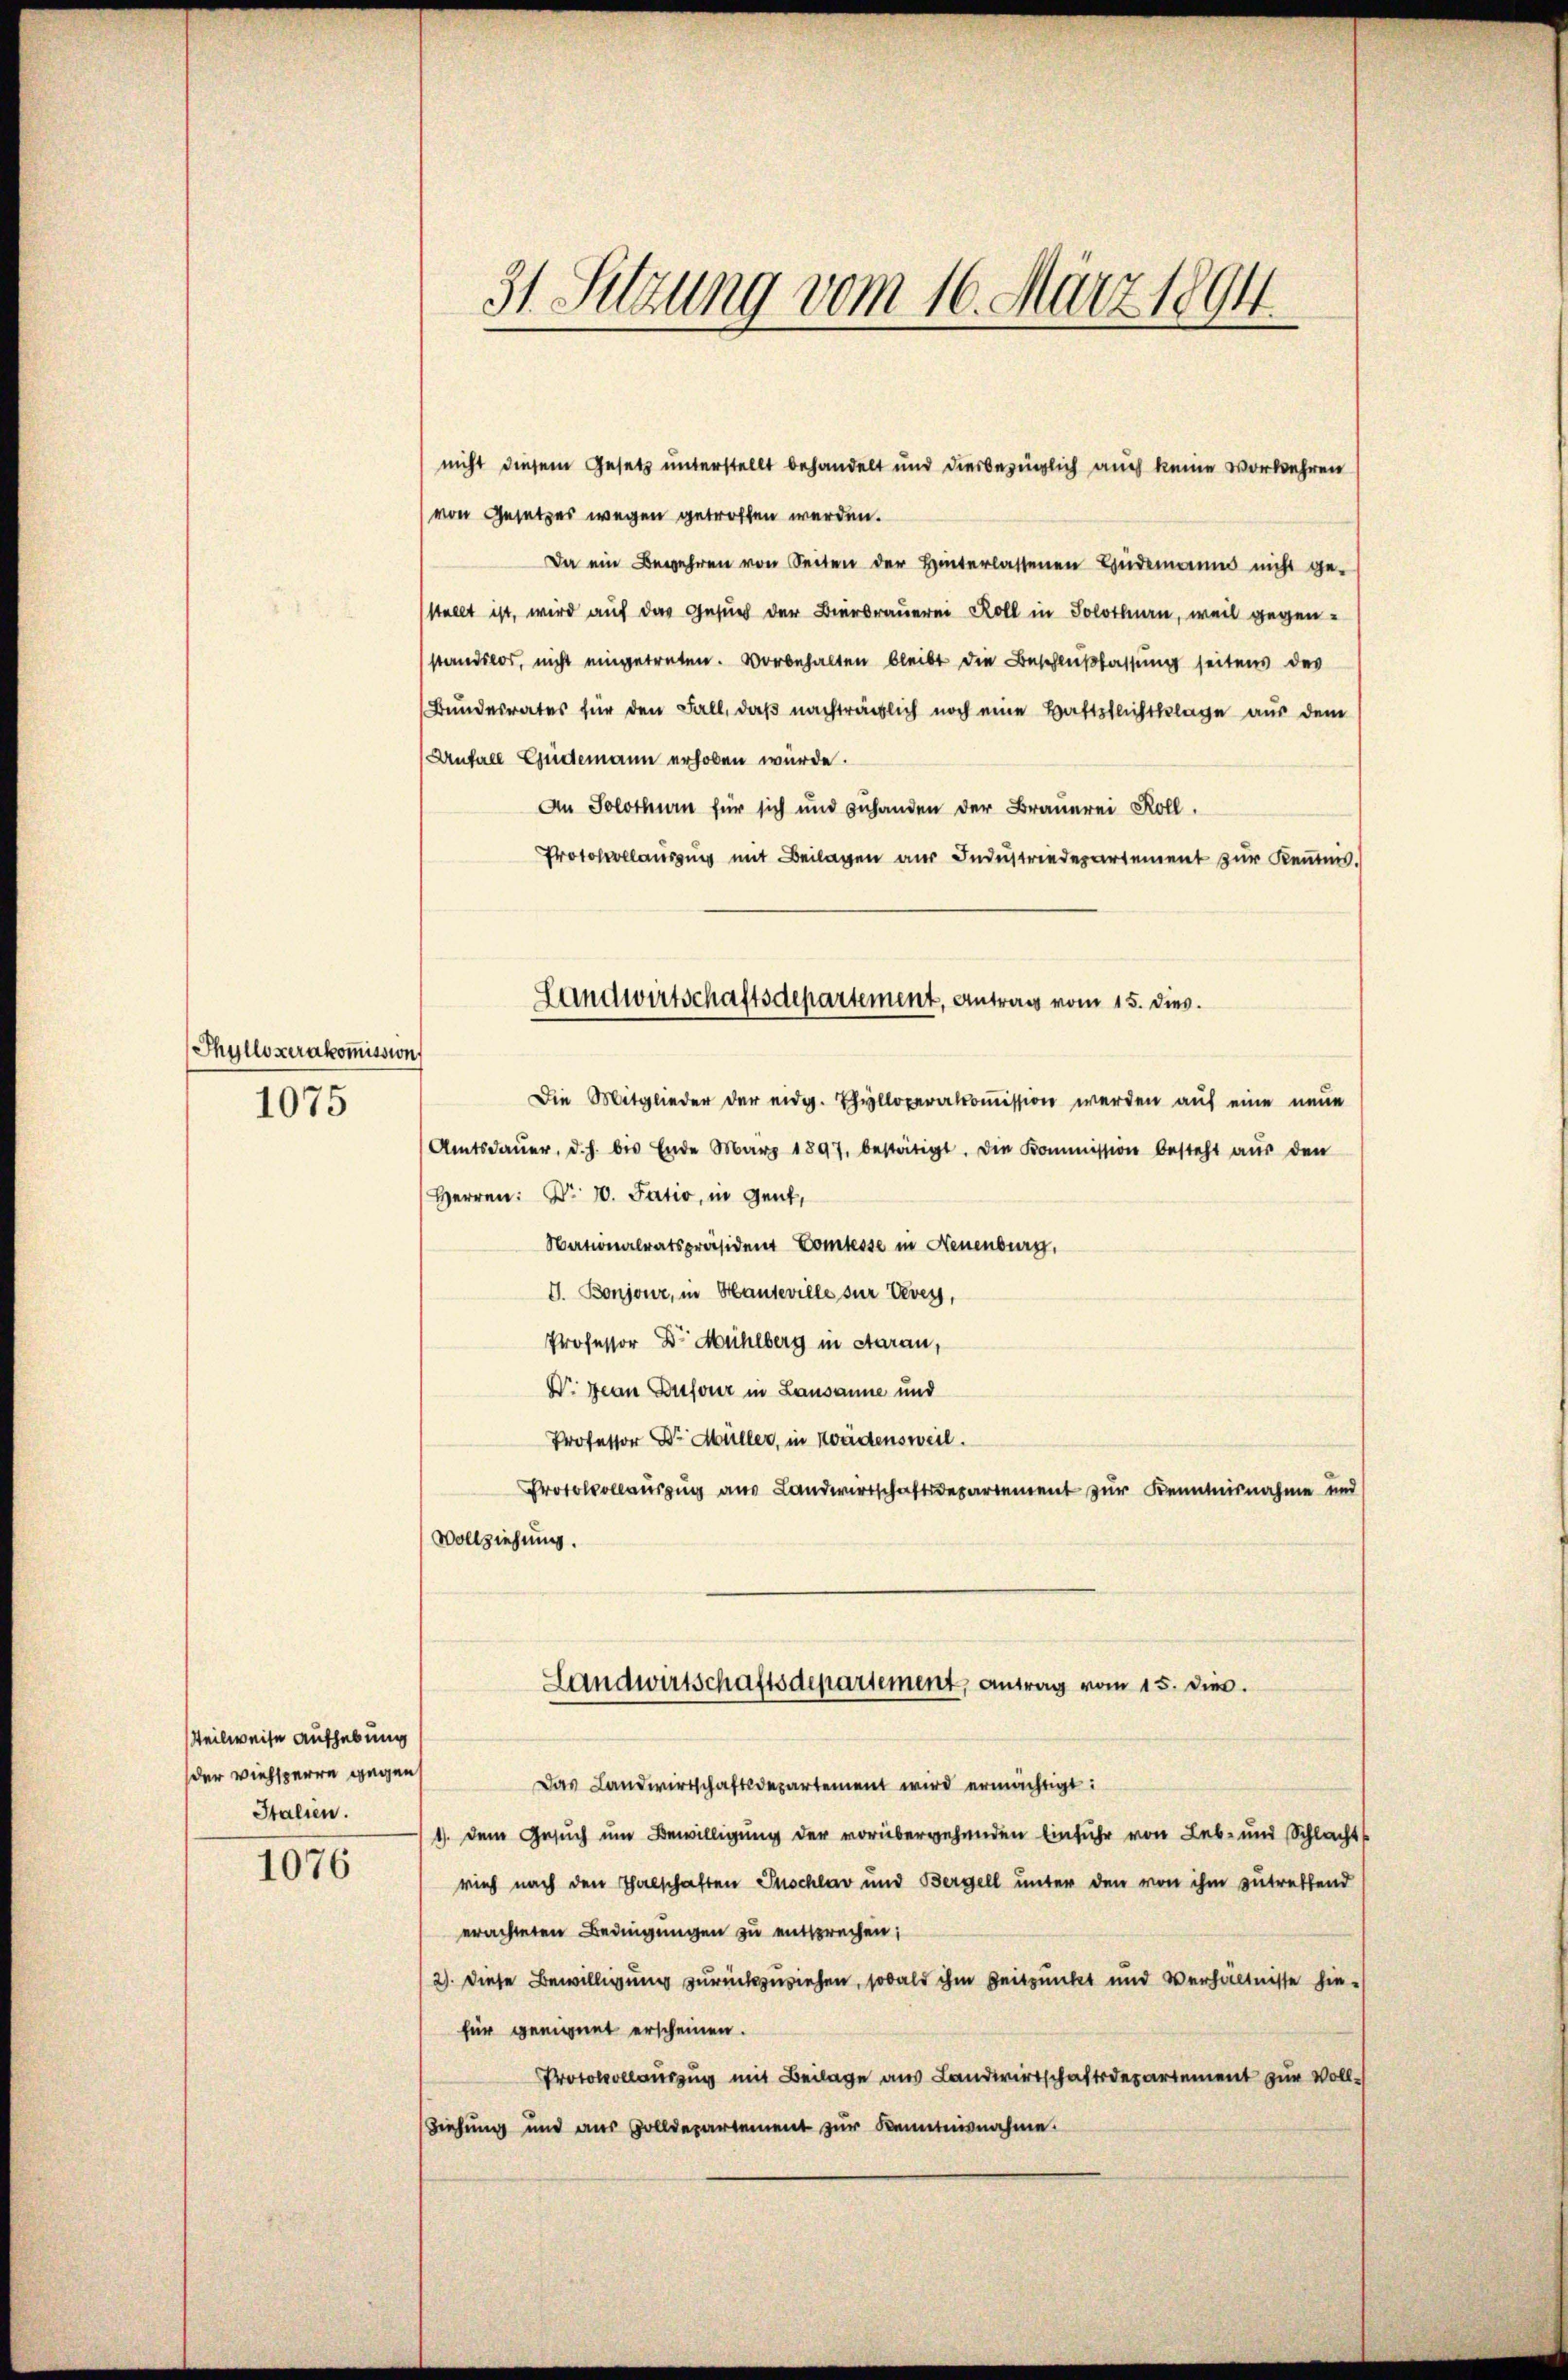
Thylloverakom̅ission
1075

tteilweise Aufhebung
der Viehsperre gegen
Italien.
1076

31. Setzung vom 16. März 1894.

nicht diesem Gesetz unterstellt behandelt und diesbezüglich auch keine Vorkehren
(von Gesetzes wegen getroffen werden.
Da ein Begehren von Seiten der Hinterlassenen Lüdemanns nicht ge-
stellt ist, wird auf das Gesuch der Bierbrauere Roll in Solothurn, weil gegenstandslos, nicht eingetreten. Vorbehalten bleibt die Beschlußfassung seitens des
Bundesrates für den Fall, daß nachträglich noch eine Haftpflichtlage aus dem
Anfall Güdemann erhoben würde.
An Solothurn für sich und zuhanden der Braŭerei Koll
Protokolausung mit Beilagen aus Industriedepartement zur Kenntnis.
Die Mitglieder der eidg. Thlloperakoṁission werden auf eine neue
Amtsdaŭer, d. h. bis Ende März 1897. bestätigt. Die Kommission besteht aŭs den
Herren: No 10. Fatio, in Gent,
Nationalratspräsident Comtesse in Neuenburg,
G. Bonjonz, in Hauseville sur Vevey,
Professor Dr. Mühlberg in Starau,
Dr. Jean Dufour in Lausanne und
Professor Dr Hüller, in Weidensweil.
Protokolaŭszŭg ans Landwirtschaftsdepartement zur Kenntnisnahme und
Vollziehung.
Landwirtschaftsdepartement, Antrag vom 15. dies.
Das Landwirtschaftsdepartement wird ermächtigt:
1) dem Gesuch um Bewilligung der vorübergehenden Einfuhr von Leb- und Schlacht
rief nach den Thalschaften Puschlav und Bergell unter den von ihm zutreffend
erachteten Bedingungen zu entsprechen;
2). Diese Bewilligung zurückzuziehen, sobald ihm Zeitpunkt und Verhältnisse hiefür geeignet erscheinen.
Protokollauszug mit Beilage aus Landwirtschaftsdepartement zur Voll¬
Ziehung und aus Zolldepartement zur Kenntnisnahme.

Landwirtschaftsdepartement, Antrag vom 15. dies